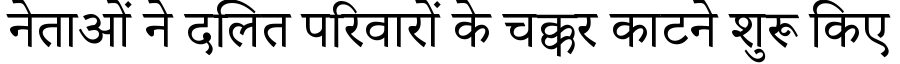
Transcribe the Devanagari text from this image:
नेताओं ने दलित परिवारों के चक्कर काटने शुरू किए